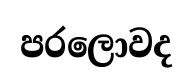
පරලොවද